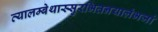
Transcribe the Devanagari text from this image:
व्यालम्बेथास्सुरभितनयालंभजां